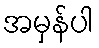
အမှန်ပါ